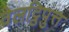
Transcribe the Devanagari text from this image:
वेलट्ठिपुत्त